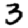
Digit: 3